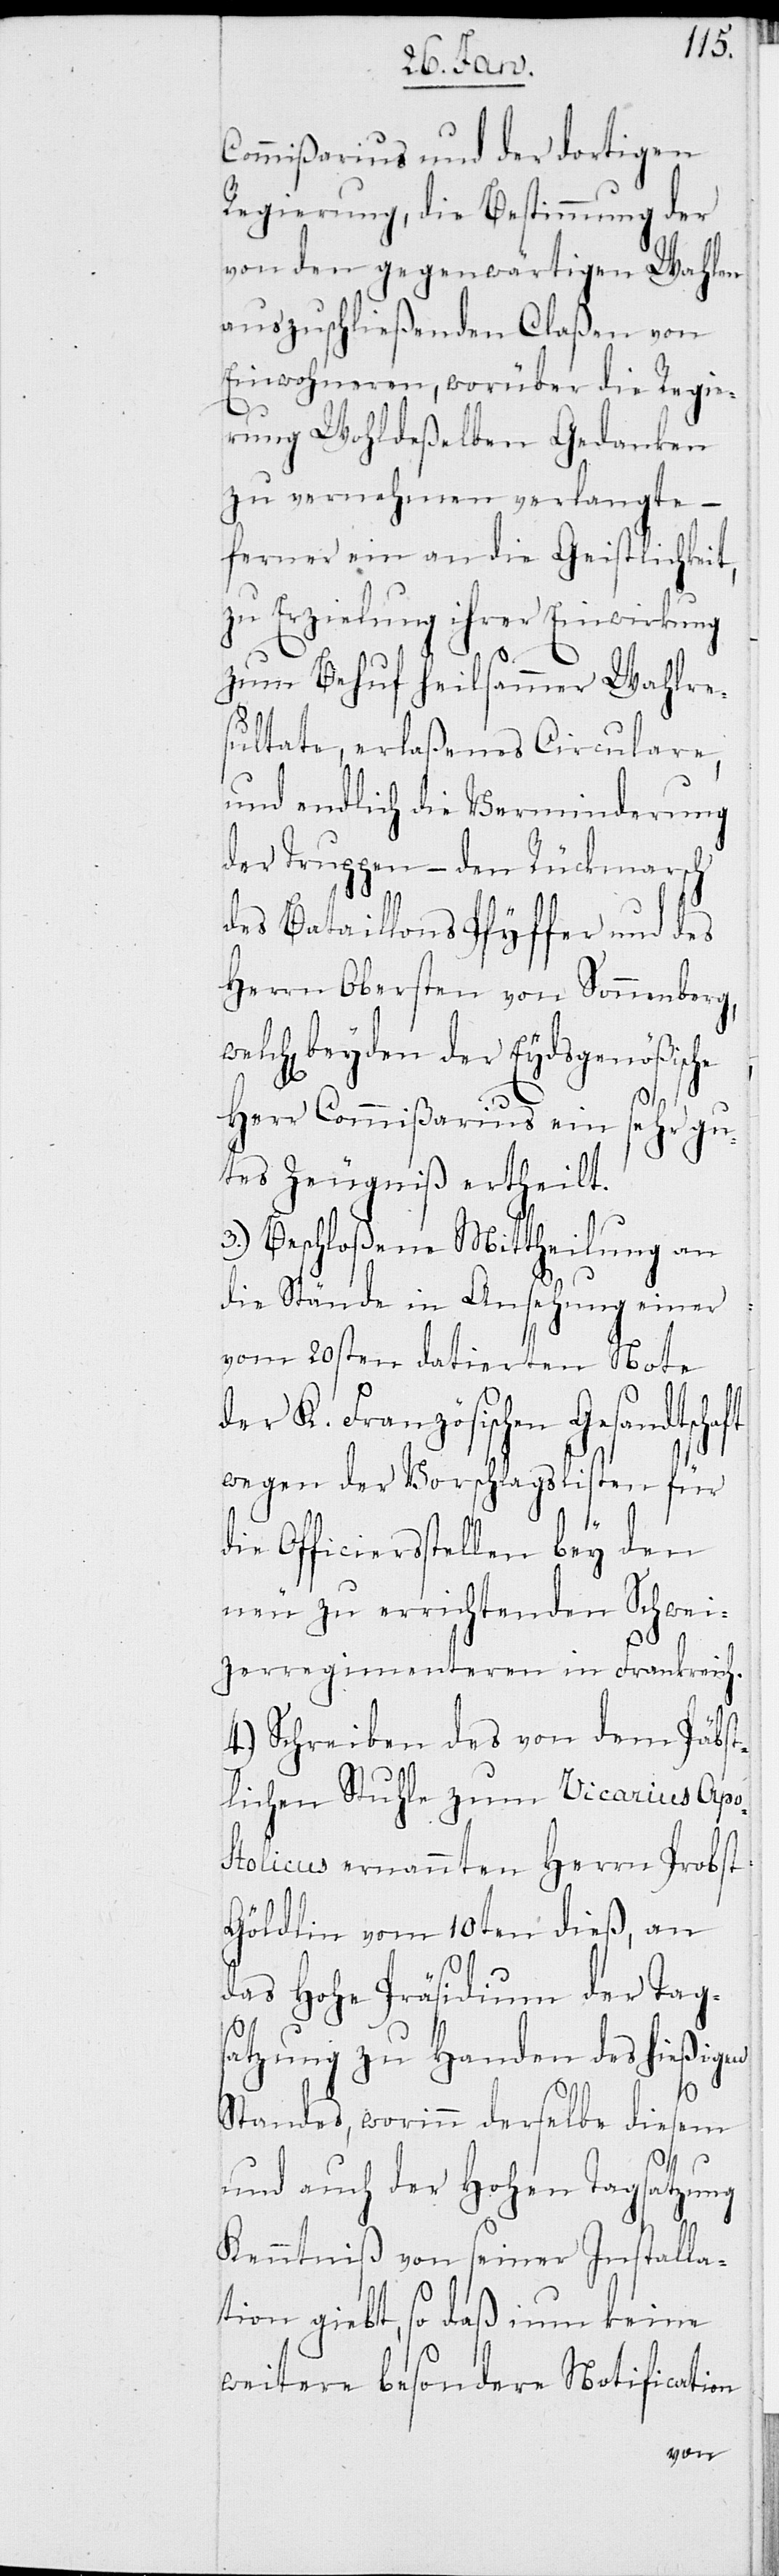
Commißarius und der dortigen
Regierung, die Bestimmung der
von den gegenwärtigen Wahlen
auszuschließenden Claßen von
Einwohneren, worüber die Regie¬
rung Wohldeßelben Gedanken
zu vernehmen verlangte –
ferner ein an die Geistlichkeit,
zu Erzielung Ihrer Einwirkung
zum Behuf heilsammer Wahlre¬
sultate, erlaßenes Circulare,
und endlich die Verminderung
der Truppen – den Rückmarsch
des Bataillons Pfyffer und des
Herrn Obersten von Sonnenber¬
beyden der Eydsgenößische
g,
Herr Commißarius ein sehr gu¬
tes Zeugniß ertheilt.
3.) Beschloßene Mittheilung an
die Stände in Ansehung einer
vom 20sten datierten Note
der K. Französischen Gesandtschaft
wegen der Vorschlagslisten für
Officiersstellen bey den
neu zu errichtenden Schwei¬
zerregimenteren in Frankreich.
4.) Schreiben des von dem Päbst¬
lichen Stuhle zum Vicarius Apo¬
stolicus ernannten Herrn Probst
Göldlin vom 10ten dieß, an
das Hohe Präsidium der Tags¬
atzung zu Handen des hießigen
Standes, worinn derselbe diesem
und auch der Hohen Tagsatzung
Kenntniß von seiner Installa¬
tion giebt, so daß nun keine
weitere besondere Notification